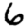
Digit: 6